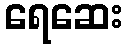
ရေဆေး